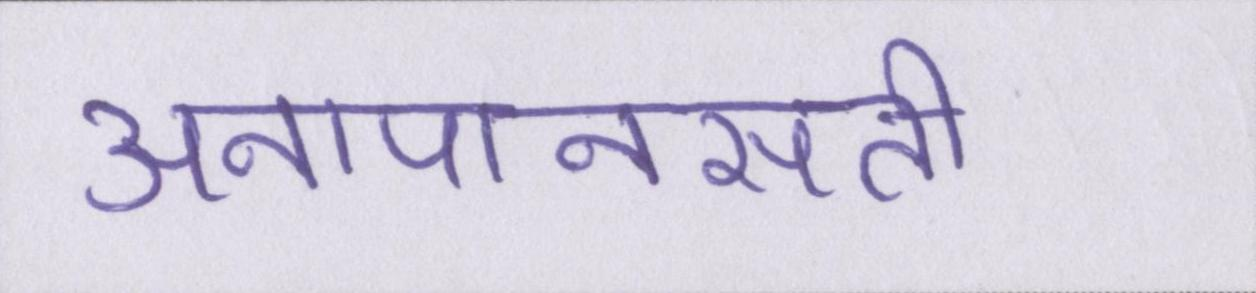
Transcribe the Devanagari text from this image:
अनापानसती